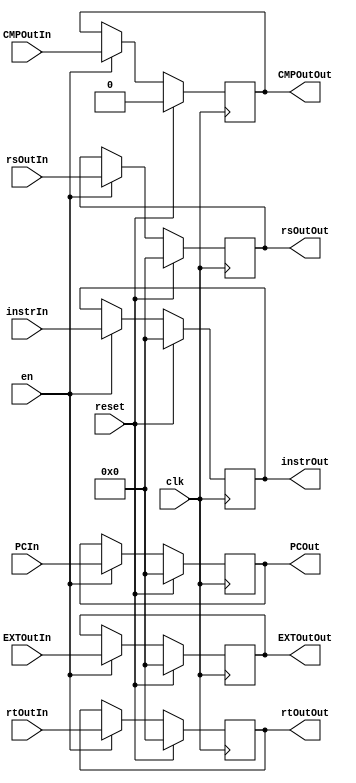
`timescale 1ns / 1ps

module EREG
	(
		input clk,
		input reset,
		input en,
		input [31:0] instrIn,
		input [31:0] PCIn,
		input [31:0] EXTOutIn,
		input [31:0] rsOutIn,
		input [31:0] rtOutIn,
		input CMPOutIn,
		output reg [31:0] instrOut,
		output reg [31:0] PCOut,
		output reg [31:0] EXTOutOut,
		output reg [31:0] rsOutOut,
		output reg [31:0] rtOutOut,
		output reg CMPOutOut
	);
	
	initial begin
		instrOut <= 0;
		PCOut <= 0;
		EXTOutOut <= 0;
		rsOutOut <= 0;
		rtOutOut <= 0;
		CMPOutOut <= 0;	
	end
	
    always @(posedge clk) begin
        if (reset) begin
            instrOut <= 0;
            PCOut <= 0;
            EXTOutOut <= 0;
            rsOutOut <= 0;
            rtOutOut <= 0;
			CMPOutOut <= 0;
        end 
		else if(en) begin
            instrOut <= instrIn;
            PCOut <= PCIn;
            EXTOutOut <= EXTOutIn;
            rsOutOut <= rsOutIn;
            rtOutOut <= rtOutIn;
			CMPOutOut <= CMPOutIn;
        end
    end	
	
endmodule